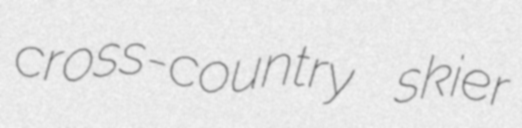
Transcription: cross-country skier